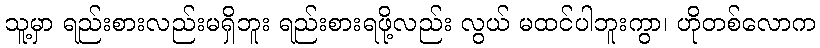
သူ့မှာ ရည်းစားလည်းမရှိဘူး ရည်းစားရဖို့လည်း လွယ် မထင်ပါဘူးကွာ၊ ဟိုတစ်လောက